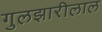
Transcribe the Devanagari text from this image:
गुलझारीलाल